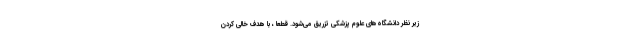
زیر نظر دانشگاه‌های علوم پزشکی تزریق می‌شود. قطعاً ، با هدف خالی کردن